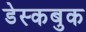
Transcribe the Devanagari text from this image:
डेस्कबुक